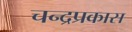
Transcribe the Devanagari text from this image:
चन्द्रप्रकास